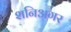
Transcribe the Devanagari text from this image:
शनिअगर